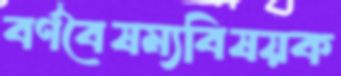
বর্ণবৈষম্যবিষয়ক